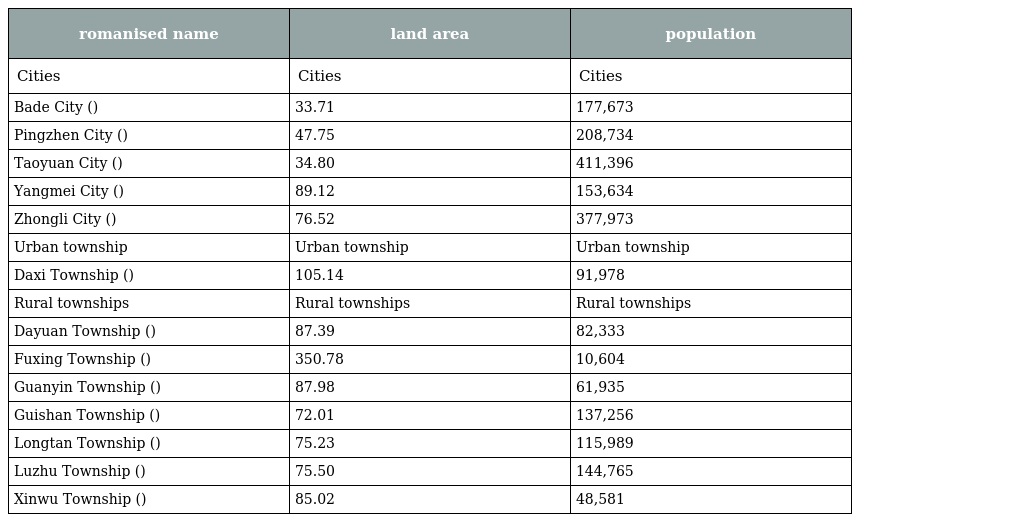
| romanised name | land area | population |
 | --- | --- | --- |
 | Cities | Cities | Cities |
 | Bade City (八德市) | 33.71 | 177,673 |
 | Pingzhen City (平鎮市) | 47.75 | 208,734 |
 | Taoyuan City (桃園市) | 34.80 | 411,396 |
 | Yangmei City (楊梅市) | 89.12 | 153,634 |
 | Zhongli City (中壢市) | 76.52 | 377,973 |
 | Urban township | Urban township | Urban township |
 | Daxi Township (大溪鎮) | 105.14 | 91,978 |
 | Rural townships | Rural townships | Rural townships |
 | Dayuan Township (大園鄉) | 87.39 | 82,333 |
 | Fuxing Township (復興鄉) | 350.78 | 10,604 |
 | Guanyin Township (觀音鄉) | 87.98 | 61,935 |
 | Guishan Township (龜山鄉) | 72.01 | 137,256 |
 | Longtan Township (龍潭鄉) | 75.23 | 115,989 |
 | Luzhu Township (蘆竹鄉) | 75.50 | 144,765 |
 | Xinwu Township (新屋鄉) | 85.02 | 48,581 |